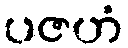
ပဇဟံ